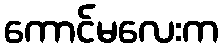
ကောင်မလေးက